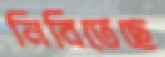
নিবিতেছে